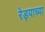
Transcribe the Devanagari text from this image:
रेड्याच्या